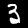
Label: 3